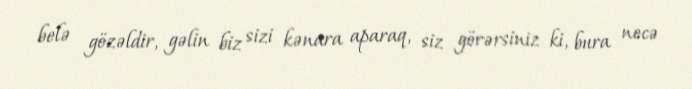
belə gözəldir, gəlin biz sizi kənara aparaq, siz görərsiniz ki, bura necə